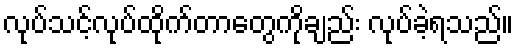
လုပ်သင့်လုပ်ထိုက်တာတွေကိုချည်း လုပ်ခဲ့ရသည်။